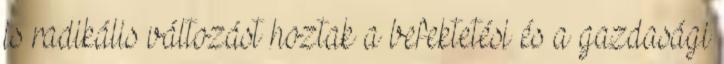
is radikális változást hoztak a befektetési és a gazdasági